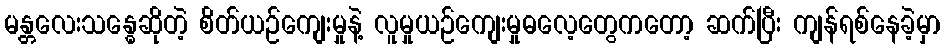
မန္တလေးသန္ဓေဆိုတဲ့ စိတ်ယဉ်ကျေးမှုနဲ့ လူမှုယဉ်ကျေးမှုဓလေ့တွေကတော့ ဆက်ပြီး ကျန်ရစ်နေခဲ့မှာ